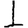
Digit: 1